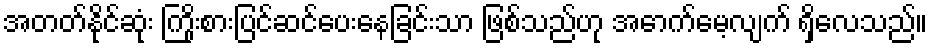
အတတ်နိုင်ဆုံး ကြိုးစားပြင်ဆင်ပေးနေခြင်းသာ ဖြစ်သည်ဟု အောက်မေ့လျက် ရှိလေသည်။